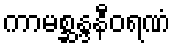
ကာမစ္ဆန္ဒနီဝရဏံ